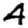
Digit: 4